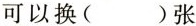
可以换()张